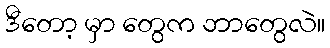
ဒီတော့ မှာ တွေက ဘာတွေလဲ။